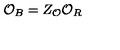
\mathcal { O } _ { B } = Z _ { \mathcal { O } } \mathcal { O } _ { R }